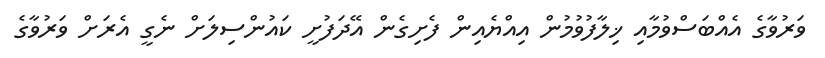
ވަރުވާގެ އެއްބަސްވުމާއި ޚިލާފުވުމުން އިއްޔެއިން ފެށިގެން އޭދަފުށީ ކައުންސިލަށް ނެގީ އެރަށް ވަރުވާގެ